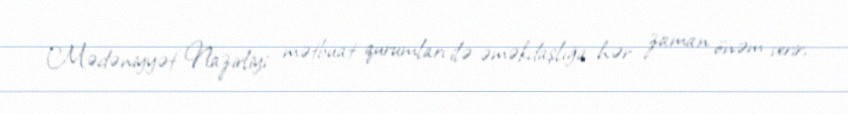
Mədəniyyət Nazirliyi mətbuat qurumları ilə əməkdaşlığa hər zaman önəm verir,